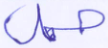
حمل